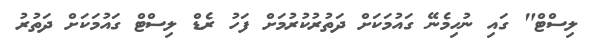
ލިސްޓް" ގައި ނުހިމެނޭ ގައުމަކަށް ދަތުރުކުރުމަށް ފަހު ރެޑް ލިސްޓް ގައުމަކަށް ދަތުރު